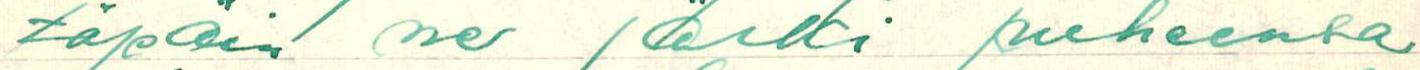
täpäin ne järki puheensa